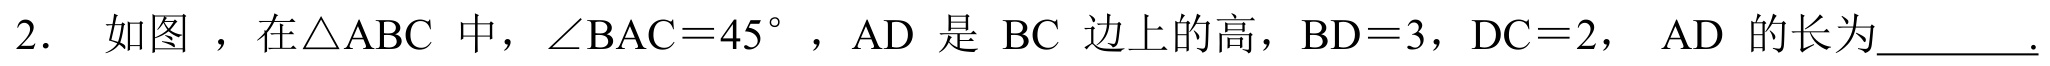
2. 如图 ，在\(\triangle ABC\) 中，\(\angle BAC = 45^{\circ}\) ，\(AD\) 是 \(BC\) 边上的高，\(BD = 3\)，\(DC = 2\)， \(AD\) 的长为_________.